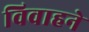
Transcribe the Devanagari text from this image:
विवाहने